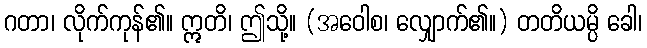
ဂတာ၊ လိုက်ကုန်၏။ ဣတိ၊ ဤသို့။ (အဝေါစ၊ လျှောက်၏။) တတိယမ္ပိ ခေါ၊